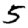
Digit: 5